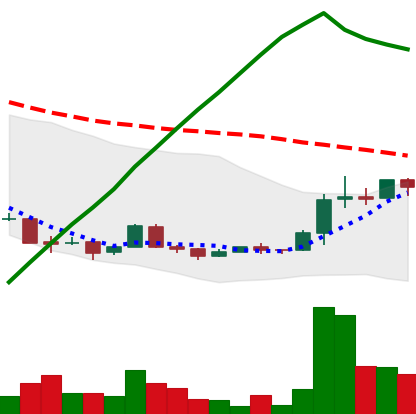
Ticker: XRP-USD
Chart end date: 2018-04-16
Forward return: 31.631%
Label: up_7plus